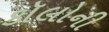
કૉલોની